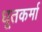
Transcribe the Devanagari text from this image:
धूतकर्मा